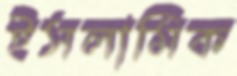
ইসলামিক